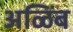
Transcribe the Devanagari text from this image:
अळिंब